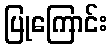
ပြုကြောင်း